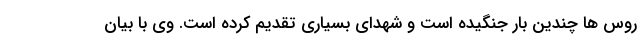
روس ها چندین بار جنگیده است و شهدای بسیاری تقدیم کرده است. وی با بیان